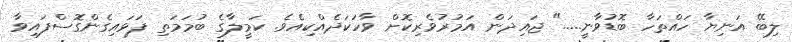
ލިބޭ އަނިޔާ ހައްތަހާ ބޮޑުވާނީ....." ޖައިދަން އަމުރުވެރިކޮށް ވާހަކަދެއްކިއެވެ. ކަމީލާގެ ބުމަމަތި ފަޅައިގެންގޮސްފައިވާ